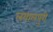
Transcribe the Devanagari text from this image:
लयालपुरी